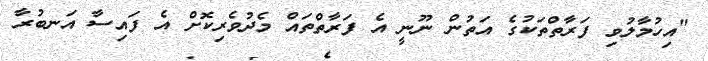
"އިހުމާލުވި ފަރާތްތަކުގެ އަތުން ނޫނީ އެ ފަރާތްތައް މެދުވެރިކޮށް އެ ފައިސާ އަނބުރާ